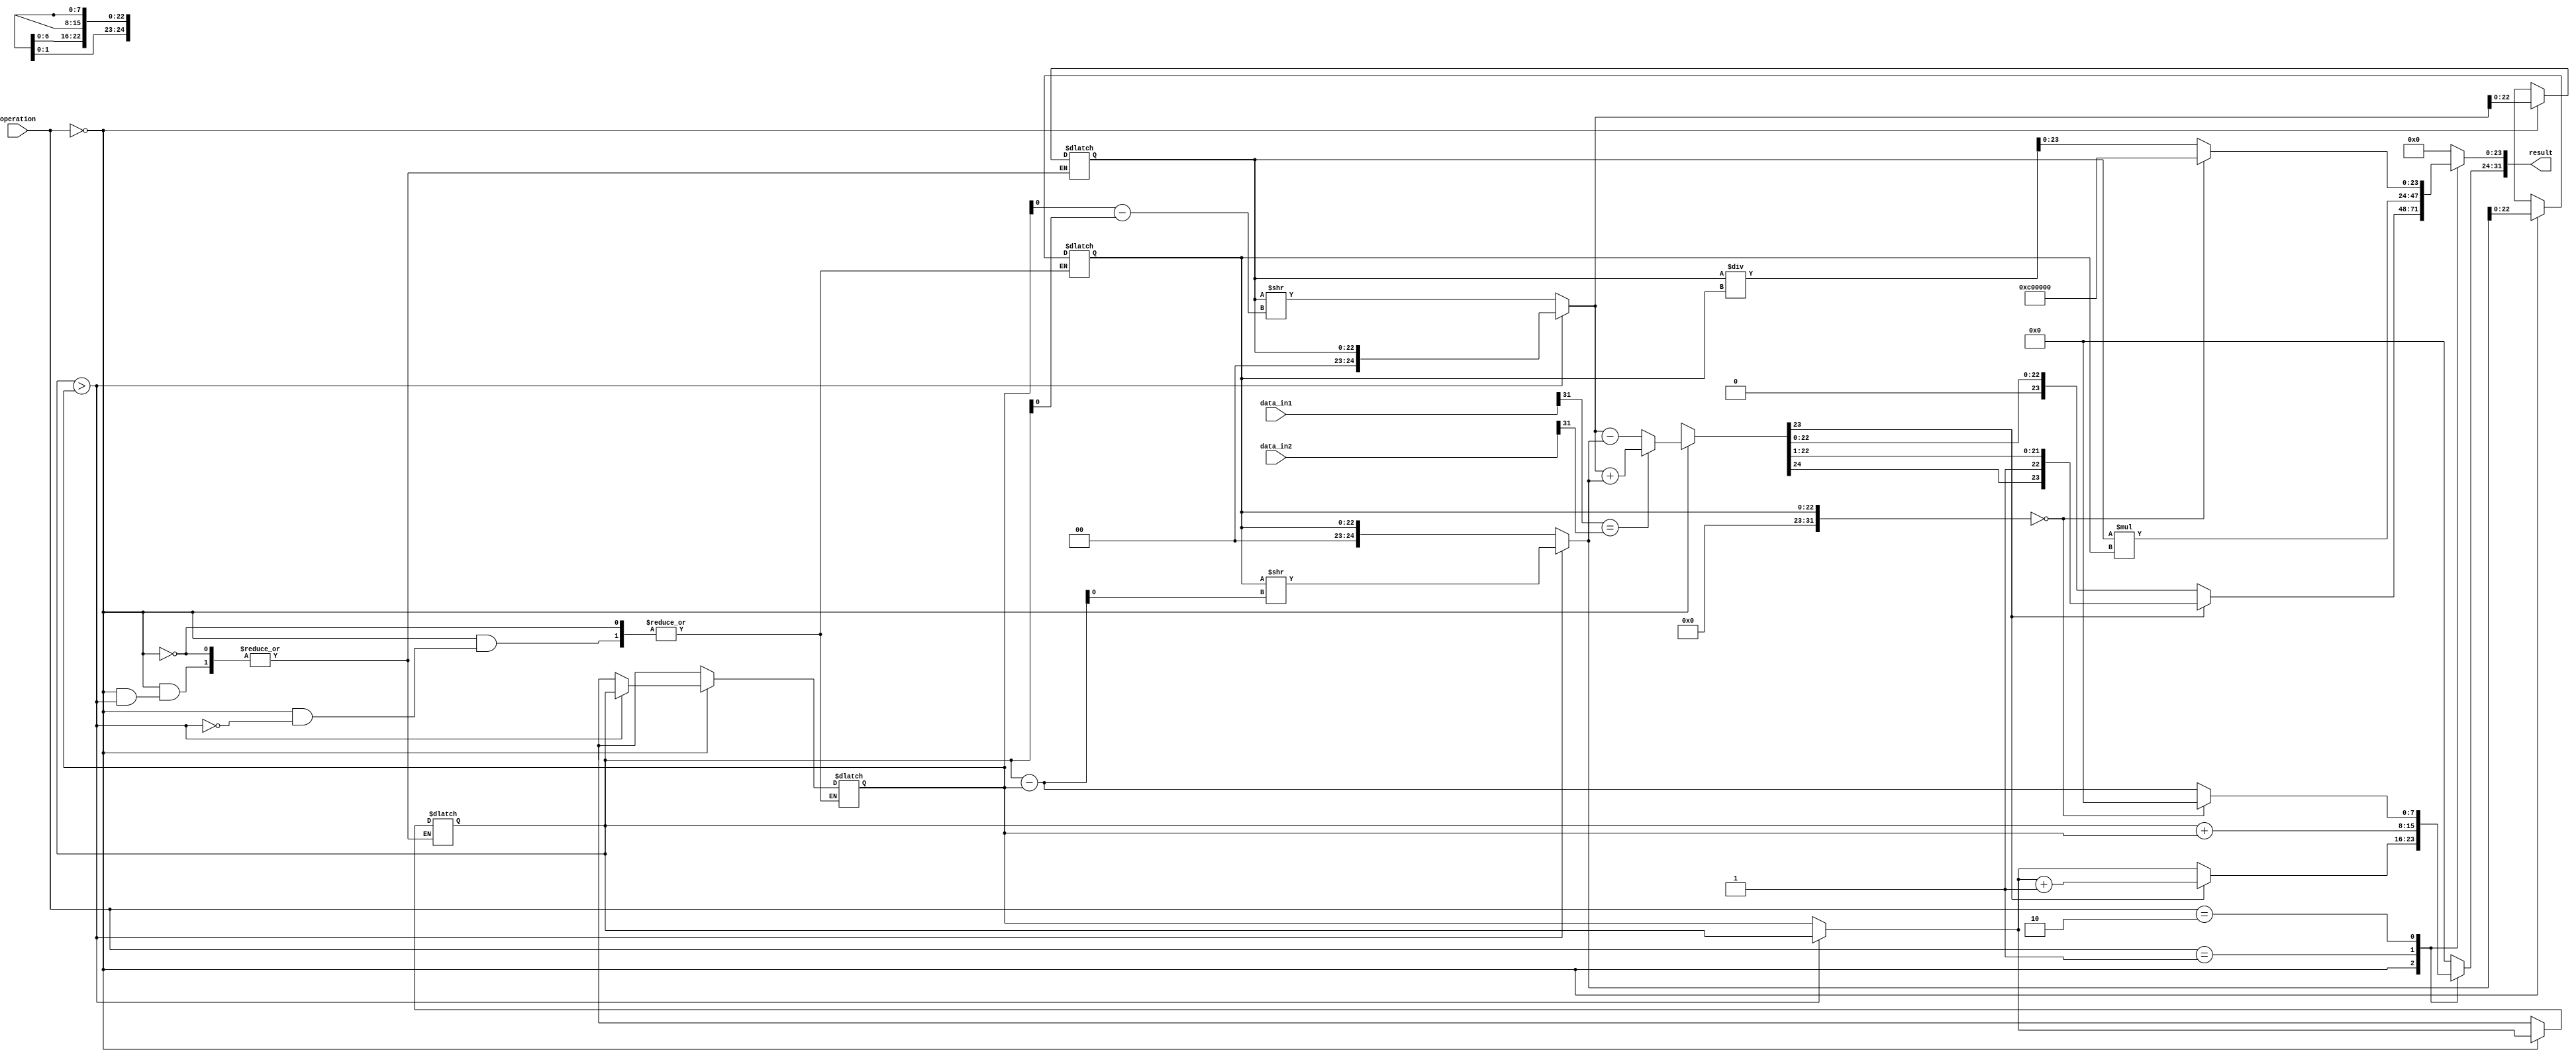
module FP_ALU (
    input [31:0] data_in1,
    input [31:0] data_in2,
    input [2:0] operation,
    output reg [31:0] result
);

// internal variables
reg [31:0] mantissa1, mantissa2, exponent1, exponent2;
reg sign1, sign2, sign_result, exponent_diff;
reg [31:0] result_mantissa, result_exponent;
reg special_case;

// extracting components of input floating point numbers
assign mantissa1 = data_in1[22:0];
assign exponent1 = data_in1[30:23];
assign sign1 = data_in1[31];

assign mantissa2 = data_in2[22:0];
assign exponent2 = data_in2[30:23];
assign sign2 = data_in2[31];

// checking for special cases
always @* begin
    if (data_in1 == 32'h7FC00000 || data_in2 == 32'h7FC00000) begin // check for NaN
        special_case = 1;
    end else if (data_in1 == 32'h7F800000 || data_in2 == 32'h7F800000) begin // check for infinity
        special_case = 1;
    end else begin
        special_case = 0;
    end
end

// performing arithmetic operation
always @* begin
    case(operation)
        3'b000: begin // addition
            // perform addition and update exponent
            if (exponent1 > exponent2) begin
                exponent_diff = exponent1 - exponent2;
                mantissa2 = mantissa2 >> exponent_diff;
                exponent2 = exponent1;
            end else begin
                exponent_diff = exponent2 - exponent1;
                mantissa1 = mantissa1 >> exponent_diff;
                exponent1 = exponent2;
            end

            if (sign1 == sign2) begin // same sign addition
                result_mantissa = mantissa1 + mantissa2;
                sign_result = sign1;
            end else begin // different sign subtraction
                result_mantissa = mantissa1 - mantissa2;
                sign_result = sign1; // consider overflow/underflow
            end

            // handle overflow/underflow
            if (result_mantissa[23]) begin
                result_mantissa = result_mantissa >> 1;
                result_exponent = exponent1 + 1;
            end else begin
                result_exponent = exponent1;
            end
        end
        3'b001: begin // multiplication
            // perform multiplication and update exponent
            result_mantissa = mantissa1 * mantissa2;
            result_exponent = exponent1 + exponent2;

            // handle overflow
            if (result_mantissa[47]) begin
                result_mantissa = result_mantissa >> 1;
                result_exponent = result_exponent + 1;
            end
        end
        3'b010: begin // division
            // perform division and update exponent
            result_mantissa = mantissa1 / mantissa2;
            result_exponent = exponent1 - exponent2;

            // handle division by zero
            if (mantissa2 == 0) begin
                result_mantissa = 32'h7FC00000; // NaN result
                result_exponent = 0;
            end
        end
        default: begin // invalid operation
            result_mantissa = 0;
            result_exponent = 0;
        end
    endcase

    // combine result components into final result
    result = {sign_result, result_exponent, result_mantissa[23:0]};
end

endmodule